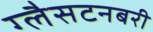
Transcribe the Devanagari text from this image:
ग्लैसटनबरी